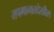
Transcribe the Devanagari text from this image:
तपमानातदेखील